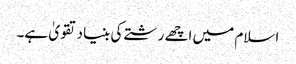
اسلام میں اچھے رشتے کی بنیاد تقویٰ ہے۔